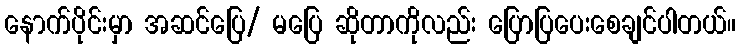
နောက်ပိုင်းမှာ အဆင်ပြေ/ မပြေ ဆိုတာကိုလည်း ပြောပြပေးစေချင်ပါတယ်။